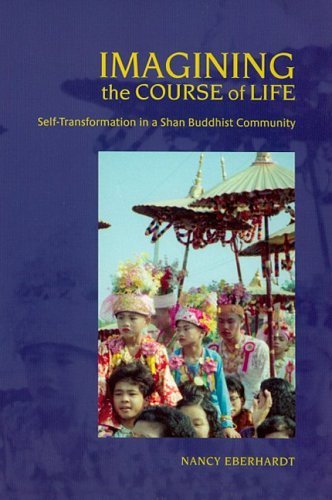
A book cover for Imagining the Course of Life: Self-transformation in a Shan Buddhist Community; Nancy Eberhardt; Travel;